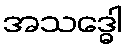
အသဒ္ဓေါ